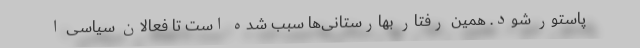
پاستور شود. همین رفتار بهارستانی‌ها سبب شده است تا فعالان سیاسی ا